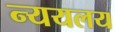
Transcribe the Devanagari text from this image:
न्ययलय